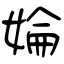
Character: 婨